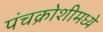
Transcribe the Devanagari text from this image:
पंचक्रोशीमध्ये